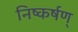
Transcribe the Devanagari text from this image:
निष्कर्षण्